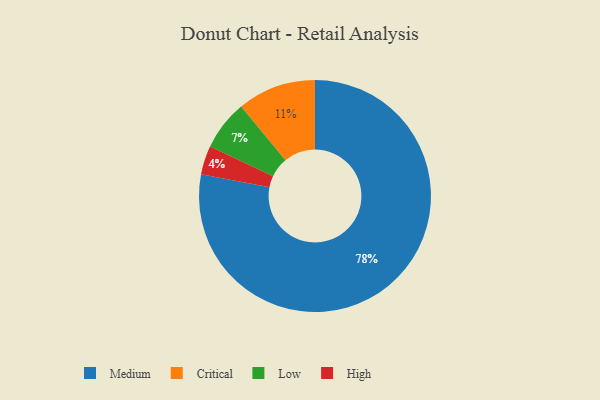
{"axis": {"x": "Category", "y": "Percentage"}, "legend": ["Critical", "High", "Low", "Medium"], "data": [{"x": "Critical", "y": 11, "type": "Critical"}, {"x": "Medium", "y": 78, "type": "Medium"}, {"x": "Low", "y": 7, "type": "Low"}, {"x": "High", "y": 4, "type": "High"}]}